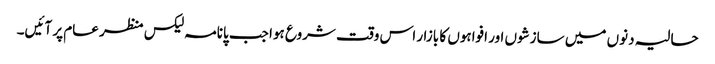
حالیہ دنوں میں سازشوں اور افواہوں کا بازار اس وقت شروع ہوا جب پانامہ لیکس منظر عام پر آئیں۔